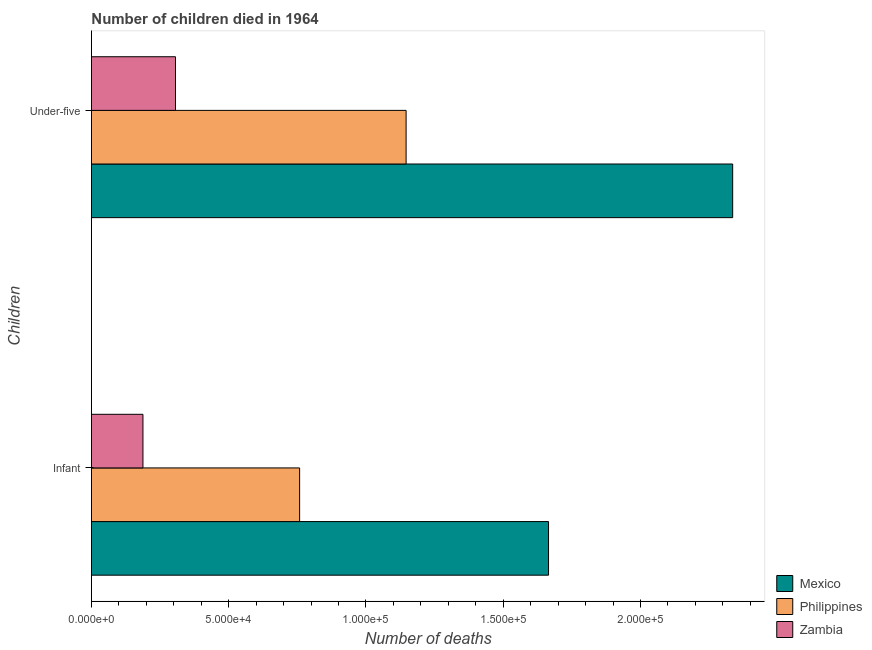
| Children | Mexico | Philippines | Zambia |
 | --- | --- | --- | --- |
 | Infant | 1.67e+05 | 7.58e+04 | 1.88e+04 |
 | Under-five | 2.34e+05 | 1.15e+05 | 3.06e+04 |